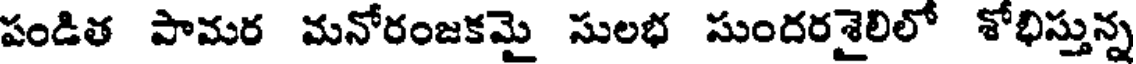
పండిత పామర మనోరంజకమై సులభ సుందరశైలిలో శోభిస్తున్న